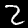
Digit: 2